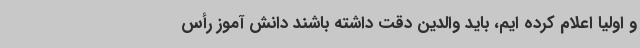
و اولیا اعلام کرده ایم، باید والدین دقت داشته باشند دانش آموز رأس